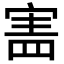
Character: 𡩜